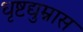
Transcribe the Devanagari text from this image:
धृष्टद्युम्नास